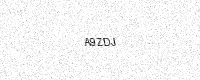
Text: A9ZDJ